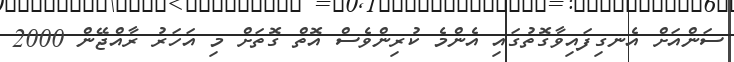
ސަންއަށް އެނގިފައިވާގޮތުގައި އެންމެ ކުރިންވެސް އޮތް ގޮތަށް މި އަހަރު ރާއްޖޭން 2000